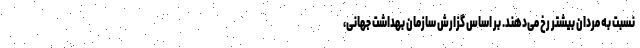
نسبت به مردان بیشتر رخ می‌دهند. بر اساس گزارش سازمان بهداشت جهانی،